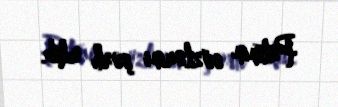
Putinin sözlərini şərh edib.